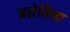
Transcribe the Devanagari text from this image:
असेमिना